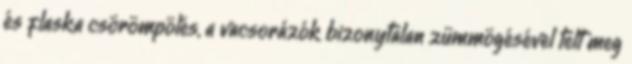
és flaska csörömpölés, a vacsorázók bizonytalan zümmögésével telt meg